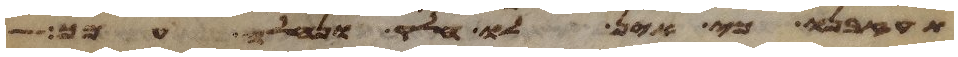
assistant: תעזבנו כי אין לו חלק ונחלה עמך